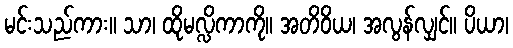
မင်းသည်ကား။ သာ၊ ထိုမလ္လိကာကို။ အတိဝိယ၊ အလွန်လျှင်။ ပိယာ၊